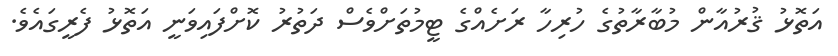
އަތޮޅު ޤުރުއާން މުބާރާތުގެ ހުރިހާ ރަށެއްގެ ޓީމުތަށްވެސް ދަތުރު ކޮށްފައިވަނީ އަތޮޅު ފެރީގައެވެ.